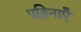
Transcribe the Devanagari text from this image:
पहिनाएँ